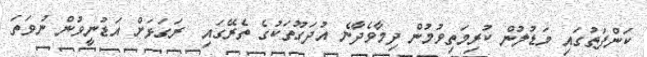
ކަންފަތުގައި މަޑުލުން ކުރިމަތިވުމުން ދިމާވެދާނެ އުދަގޫތަކުގެ ތެރޭގައި  ރަގަޅަށް އަޑުނީވުން ނުވަތަ